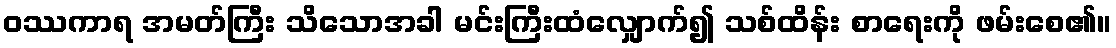
ဝဿကာရ အမတ်ကြီး သိသောအခါ မင်းကြီးထံလျှောက်၍ သစ်ထိန်း စာရေးကို ဖမ်းစေ၏။